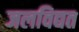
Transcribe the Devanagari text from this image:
जलविद्यत